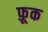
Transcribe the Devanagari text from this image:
फ़ूक